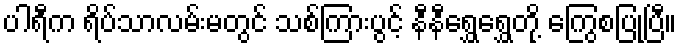
ပါရီက ရိပ်သာလမ်းမတွင် သစ်ကြားပွင့် နီနီရွှေရွှေတို့ ကြွေစပြုပြီ။